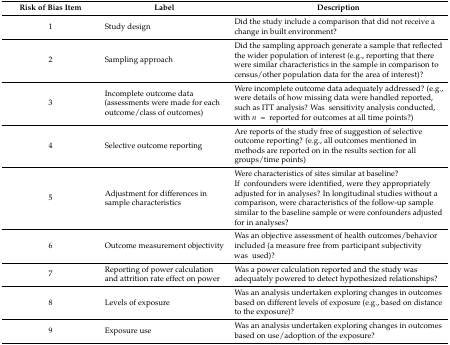
| Risk of Bias Item | Label | Description |
 | --- | --- | --- |
 | 1 | Study design | Did the study include a comparison that did not receive a change in built environment? |
 | 2 | Sampling approach | Did the sampling approach generate a sample that reflected the wider population of interest (e.g., reporting that there were similar characteristics in the sample in comparison to census/other population data for the area of interest)? |
 | 3 | Incomplete outcome data (assessments were made for each outcome/class of outcomes) | Were incomplete outcome data adequately addressed? (e.g., were details of how missing data were handled reported, such as ITT analysis? Was sensitivity analysis conducted, with n = reported for outcomes at all time points?) |
 | 4 | Selective outcome reporting | Are reports of the study free of suggestion of selective outcome reporting? (e.g., all outcomes mentioned in methods are reported on in the results section for all groups/time points) |
 | 5 | Adjustment for differences in sample characteristics | Were characteristics of sites similar at baseline? If confounders were identified, were they appropriately adjusted for in analyses? In longitudinal studies without a comparison, were characteristics of the follow-up sample similar to the baseline sample or were confounders adjusted for in analyses? |
 | 6 | Outcome measurement objectivity | Was an objective assessment of health outcomes/behavior included (a measure free from participant subjectivity was used)? |
 | 7 | Reporting of power calculation and attrition rate effect on power | Was a power calculation reported and the study was adequately powered to detect hypothesized relationships? |
 | 8 | Levels of exposure | Was an analysis undertaken exploring changes in outcomes based on different levels of exposure (e.g., based on distance to the exposure)? |
 | 9 | Exposure use | Was an analysis undertaken exploring changes in outcomes based on use/adoption of the exposure? |